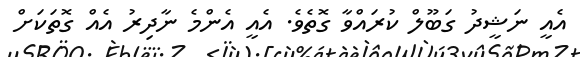
އެއީ ނަޝީދު ގަބޫލް ކުރައްވާ ގޮތެވެ. އެއީ އެންމެ ނާދިރު އެއް ގޮތަަކަށް